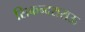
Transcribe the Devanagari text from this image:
सिकन्‍दराराऊ